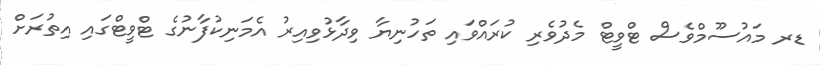
ޑރ މައުސޫމްވެސް ޓްވީޓް މެދުވެރި ކުރައްވައި ތަހުނިޔާ ވިދާޅުވިއިރު އެމަނިކުފާނުގެ ޓްވީޓްގައި އިތުރަށް